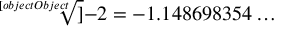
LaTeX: { \sqrt [ [object Object] ] { - 2 } } = - 1 . 1 4 8 6 9 8 3 5 4 \ldots